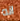
انه